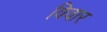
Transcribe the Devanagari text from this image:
विवार